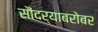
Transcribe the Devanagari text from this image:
सौंदर्याबरोबर